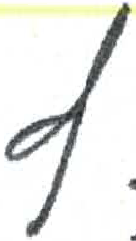
אות: ץ